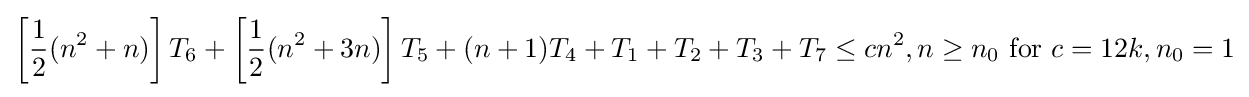
\left[{\frac {1}{2}}(n^{2}+n)\right]T_{6}+\left[{\frac {1}{2}}(n^{2}+3n)\right]T_{5}+(n+1)T_{4}+T_{1}+T_{2}+T_{3}+T_{7}\leq cn^{2},n\geq n_{0}{\text{ for }}c=12k,n_{0}=1